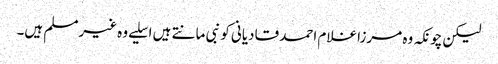
لیکن چونکہ وہ مرزا غلام احمد قادیانی کو نبی مانتے ہیں اسلیے وہ غیرمسلم ہیں۔